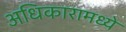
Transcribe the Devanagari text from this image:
अधिकारामध्ये